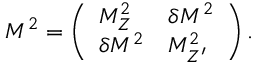
M ^ { 2 } = \left( \begin{array} { l l } { { M _ { Z } ^ { 2 } } } & { { \delta M ^ { 2 } } } \\ { { \delta M ^ { 2 } } } & { { M _ { Z ^ { \prime } } ^ { 2 } } } \end{array} \right) .